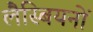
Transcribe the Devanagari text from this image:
लैस्बियनों